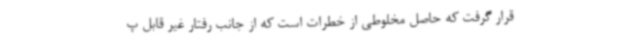
قرار گرفت که حاصل مخلوطی از خطرات است که از جانب رفتار غیر قابل پ